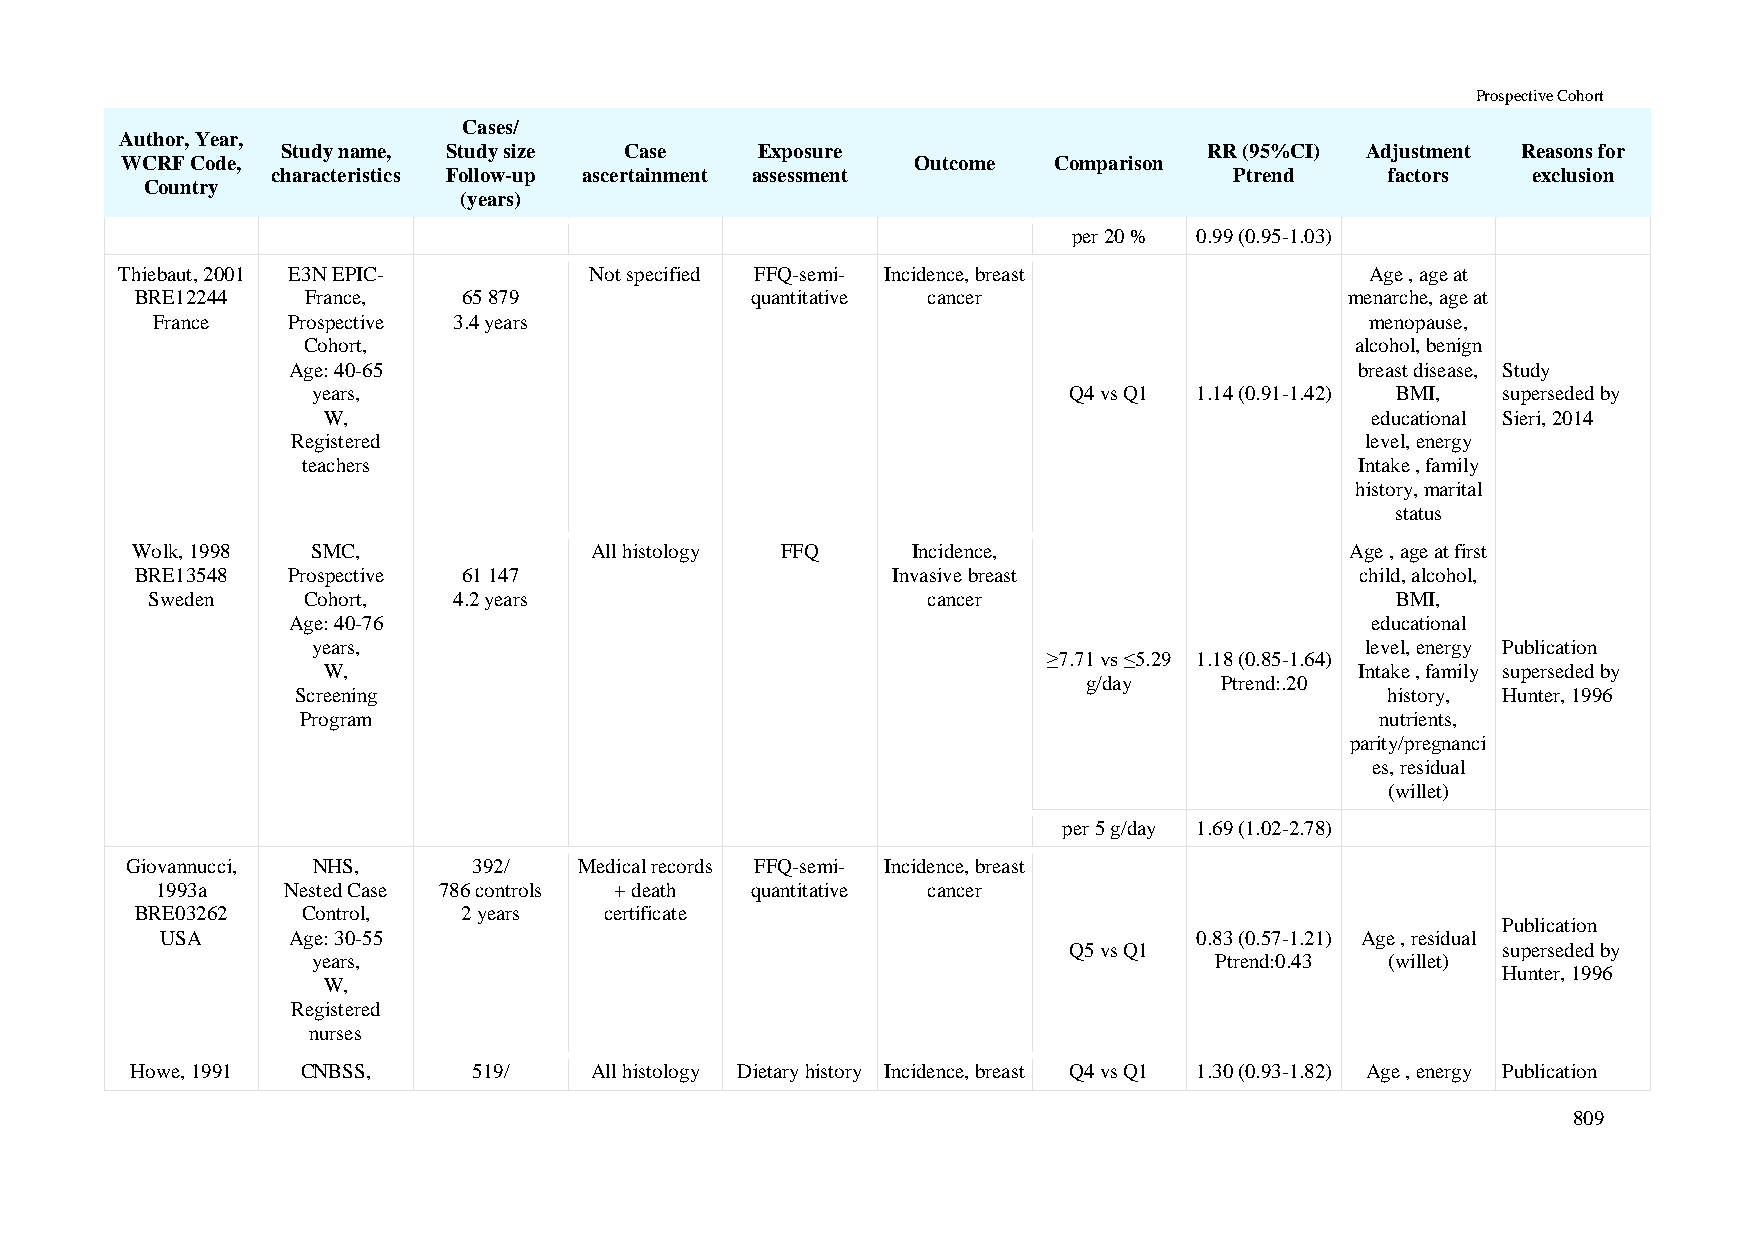
Prospective Cohort
 Cases/
 Author, Year,
 Study name, Study size Case    Exposure                      RR (95%CI) Adjustment Reasons for
 WCRF Code,                                           Outcome  Comparison
 characteristics Follow-up ascertainment assessment              Ptrend    factors  exclusion
 Country
 (years)
 per 20 % 0.99 (0.95-1.03)
 Thiebaut, 2001 E3N EPIC-       Not specified FFQ-semi- Incidence, breast           Age , age at
 BRE12244   France,    65 879             quantitative cancer                    menarche, age at
 France   Prospective 3.4 years                                                   menopause,
 Cohort,                                                               alcohol, benign
 Age: 40-65                                                             breast disease, Study
 years,                                            Q4 vs Q1 1.14 (0.91-1.42) BMI, superseded by
 W,                                                                    educational Sieri, 2014
 Registered                                                             level, energy
 teachers                                                              Intake , family
 history, marital
 status
 Wolk, 1998  SMC,              All histology FFQ    Incidence,                   Age , age at first
 BRE13548  Prospective 61 147                      Invasive breast                child, alcohol,
 Sweden    Cohort,   4.2 years                      cancer                         BMI,
 Age: 40-76                                                              educational
 years,                                                               level, energy Publication
 ≥7.71 vs ≤5.29 1.18 (0.85-1.64)
 W,                                                                   Intake , family superseded by
 g/day    Ptrend:.20
 Screening                                                               history, Hunter, 1996
 Program                                                                nutrients,
 parity/pregnanci
 es, residual
 (willet)
 per 5 g/day 1.69 (1.02-2.78)
 Giovannucci, NHS,      392/   Medical records FFQ-semi- Incidence, breast
 1993a    Nested Case 786 controls + death quantitative cancer
 BRE03262   Control,   2 years  certificate
 Publication
 USA     Age: 30-55                                                  0.83 (0.57-1.21) Age , residual
 Q5 vs Q1                    superseded by
 years,                                                     Ptrend:0.43 (willet)
 Hunter, 1996
 W,
 Registered
 nurses
 Howe, 1991 CNBSS,     519/    All histology Dietary history Incidence, breast Q4 vs Q1 1.30 (0.93-1.82) Age , energy Publication
 809